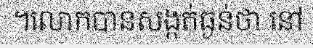
។លោកបានសង្កត់ធ្ងន់ថា នៅ